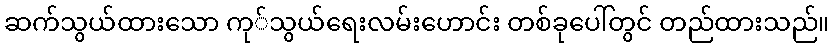
ဆက်သွယ်ထားသော ကု်သွယ်ရေးလမ်းဟောင်း တစ်ခုပေါ်တွင် တည်ထားသည်။